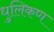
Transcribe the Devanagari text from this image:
धुलिकण